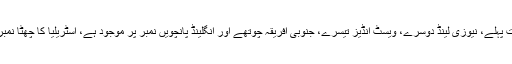
بھارت پہلے، نیوزی لینڈ دوسرے، ویسٹ انڈیز تیسرے، جنوبی افریقہ چوتھے اور انگلینڈ پانچویں نمبر پر موجود ہے، آسٹریلیا کا چھٹا نمبر ہے۔